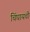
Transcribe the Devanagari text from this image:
चिंघायची